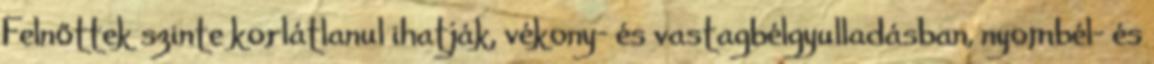
Felnőttek szinte korlátlanul ihatják, vékony- és vastagbélgyulladásban, nyombél- és